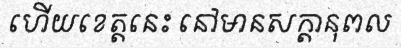
ហើយខេត្តនេះ នៅមានសក្តានុពល